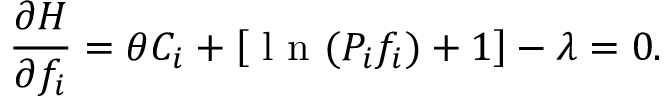
\frac { \partial H } { \partial f _ { i } } = \theta C _ { i } + \left[ \mathrm { ~ l ~ n ~ } ( P _ { i } f _ { i } ) + 1 \right] - \lambda = 0 .